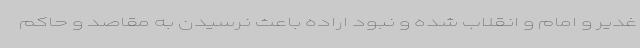
غدیر و امام و انقلاب شده و نبود اراده باعث نرسیدن به مقاصد و حاکم